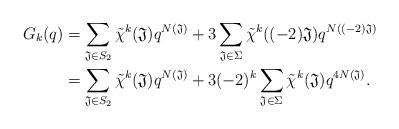
LaTeX: \begin{align*}G_k(q)& =\sum_{\mathfrak J\in S_2} \tilde \chi^k(\mathfrak J) q^{N(\mathfrak J)}+3 \sum_{\mathfrak J\in \Sigma} \tilde \chi^k((-2)\mathfrak J) q^{N((-2)\mathfrak J)}\\& =\sum_{\mathfrak J\in S_2} \tilde \chi^k(\mathfrak J) q^{N(\mathfrak J)}+3(-2)^k \sum_{\mathfrak J\in \Sigma} \tilde \chi^k(\mathfrak J) q^{4N(\mathfrak J)}.\end{align*}